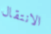
الانتقال